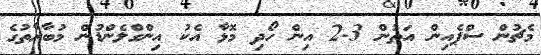
މެޗުން ސްޕެއިން އަތުން 3-2 އިން ހޯދި މޮޅާ އެކު އިންގްލެންޑުން މުބާރާތުގެ